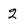
Character: 2